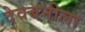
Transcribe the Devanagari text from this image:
देवबनीला